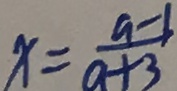
x = \frac { a - 1 } { a + 3 }